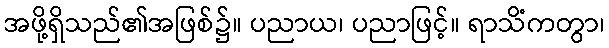
အဖို့ရှိသည်၏အဖြစ်၌။ ပညာယ၊ ပညာဖြင့်။ ရာသိံကတွာ၊